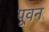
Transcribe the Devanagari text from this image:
पूवन